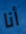
أنا